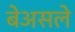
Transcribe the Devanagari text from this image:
बेअसले